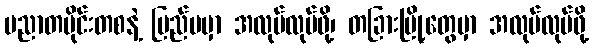
ပညာတပိုင်းတစနဲ့ ပြည်ပမှာ အလုပ်လုပ်ဖို့၊ တခြားမြို့တွေမှာ အလုပ်လုပ်ဖို့